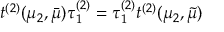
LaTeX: t ^ { ( 2 ) } ( \mu _ { 2 } , \bar { \mu } ) \tau _ { 1 } ^ { ( 2 ) } = \tau _ { 1 } ^ { ( 2 ) } t ^ { ( 2 ) } ( \mu _ { 2 } , \tilde { \mu } )